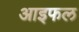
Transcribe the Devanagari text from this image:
आइफल